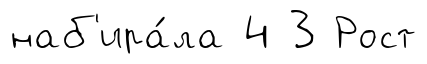
наб'ира́ла 4 3 Рост